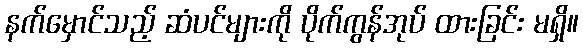
နက်မှောင်သည့် ဆံပင်များကို ပိုက်ကွန်အုပ် ထားခြင်း မရှိ။